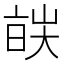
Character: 𬽔